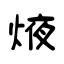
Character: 焲